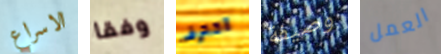
الاسراع وفقا اقترف وصيفة العمل